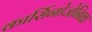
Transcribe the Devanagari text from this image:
कार्सिनोजेनिक